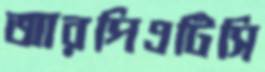
আরপিএটিসি